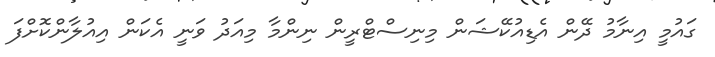
ގައުމީ އިނާމު ދޭން އެޑިއުކޭޝަން މިނިސްޓްރީން ނިންމާ މިއަދު ވަނީ އެކަން އިއުލާންކޮށްފަ